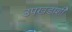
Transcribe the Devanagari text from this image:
उपखंडाशी